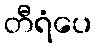
တီရံပေ